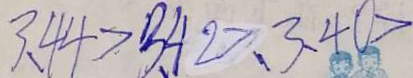
3 、 4 4 > 3 、 4 2 > 、 3 、 4 0 >